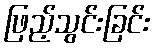
ဖြည့်သွင်းခြင်း